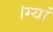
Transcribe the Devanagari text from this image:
।म्यां